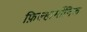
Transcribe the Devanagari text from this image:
फ़िल्हार्मोनिक